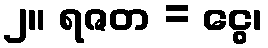
၂။ ရဇတ = ငွေ၊